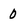
Character: 0